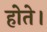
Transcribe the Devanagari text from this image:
होेते।